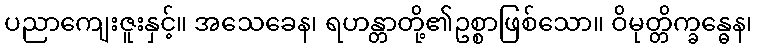
ပညာကျေးဇူးနှင့်။ အသေခေန၊ ရဟန္တာတို့၏ဥစ္စာဖြစ်သော။ ဝိမုတ္တိက္ခန္ဓေန၊